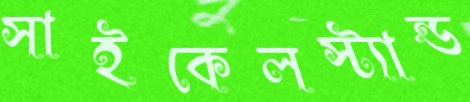
সাইকেলস্ট্যান্ড